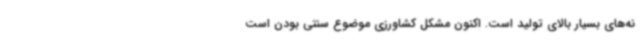
نه‌های بسیار بالای تولید است. اکنون مشکل کشاورزی موضوع سنتی بودن است